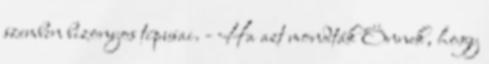
szemben bizonyos típusai. - Ha azt mondták Önnek, hogy